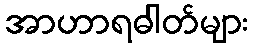
အာဟာရဓါတ်များ